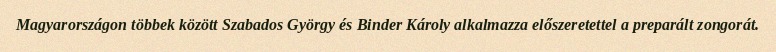
Magyarországon többek között Szabados György és Binder Károly alkalmazza előszeretettel a preparált zongorát.